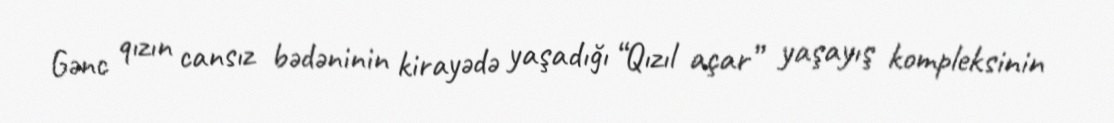
Gənc qızın cansız bədəninin kirayədə yaşadığı “Qızıl açar” yaşayış kompleksinin